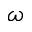
\omega